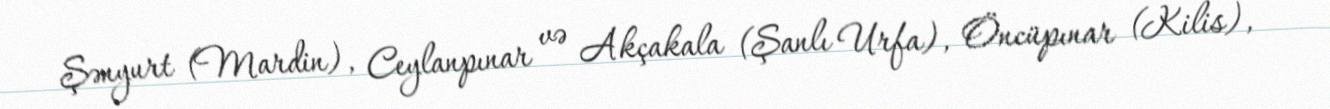
Şənyurt (Mardin), Ceylanpınar və Akçakala (Şanlı Urfa), Öncüpınar (Kilis),